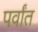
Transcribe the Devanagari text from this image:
पर्वांत